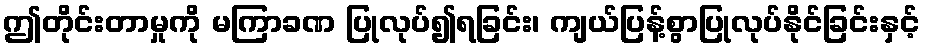
ဤတိုင်းတာမှုကို မကြာခဏ ပြုလုပ်၍ရခြင်း၊ ကျယ်ပြန့်စွာပြုလုပ်နိုင်ခြင်းနှင့်